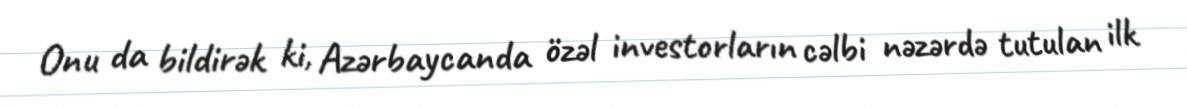
Onu da bildirək ki, Azərbaycanda özəl investorların cəlbi nəzərdə tutulan ilk